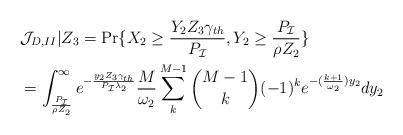
LaTeX: \begin{align*}&\mathcal{J}_{D,II}|Z_{3}=\Pr\{X_{2}\geq \frac{Y_{2}Z_{3}\gamma_{th}}{P_{\mathcal{I}}},Y_{2}\geq\frac{P_{\mathcal{I}}}{\rho Z_{2}}\}\\&=\int_{\frac{P_{\mathcal{I}}}{\rho Z_{2}}}^{\infty} e^{-\frac{y_{2}Z_{3}\gamma_{th}}{P_{\mathcal{I}}\lambda_{2}}} \frac{M}{\omega_{2}}\sum_{k}^{M-1} {M-1 \choose k} (-1)^{k}e^{-(\frac{k+1}{\omega_{2}})y_{2}} dy_{2}\end{align*}